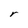
Character: r